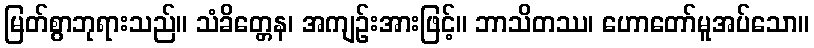
မြတ်စွာဘုရားသည်။ သံခိတ္တေန၊ အကျဉ်းအားဖြင့်။ ဘာသိတဿ၊ ဟောတော်မူအပ်သော။